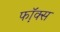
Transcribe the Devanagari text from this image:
फॉ़क्स